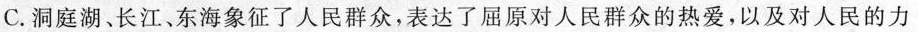
C. 洞庭湖、长江、东海象征了人民群众，表达了屈原对人民群众的热爱，以及对人民的力